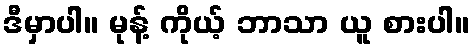
ဒီမှာပါ။ မုန့် ကိုယ့် ဘာသာ ယူ စားပါ။